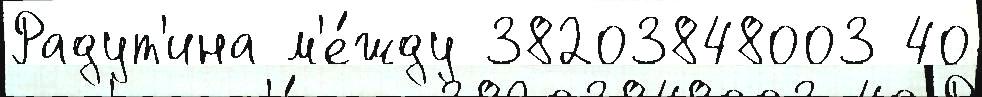
Радут'ина м'е́жду 38203848003 40